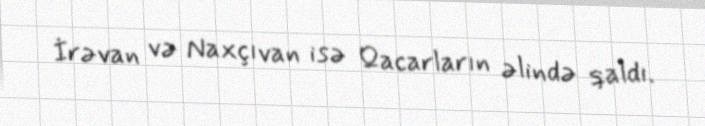
İrəvan və Naxçıvan isə Qacarların əlində qaldı.